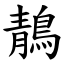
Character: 鶄